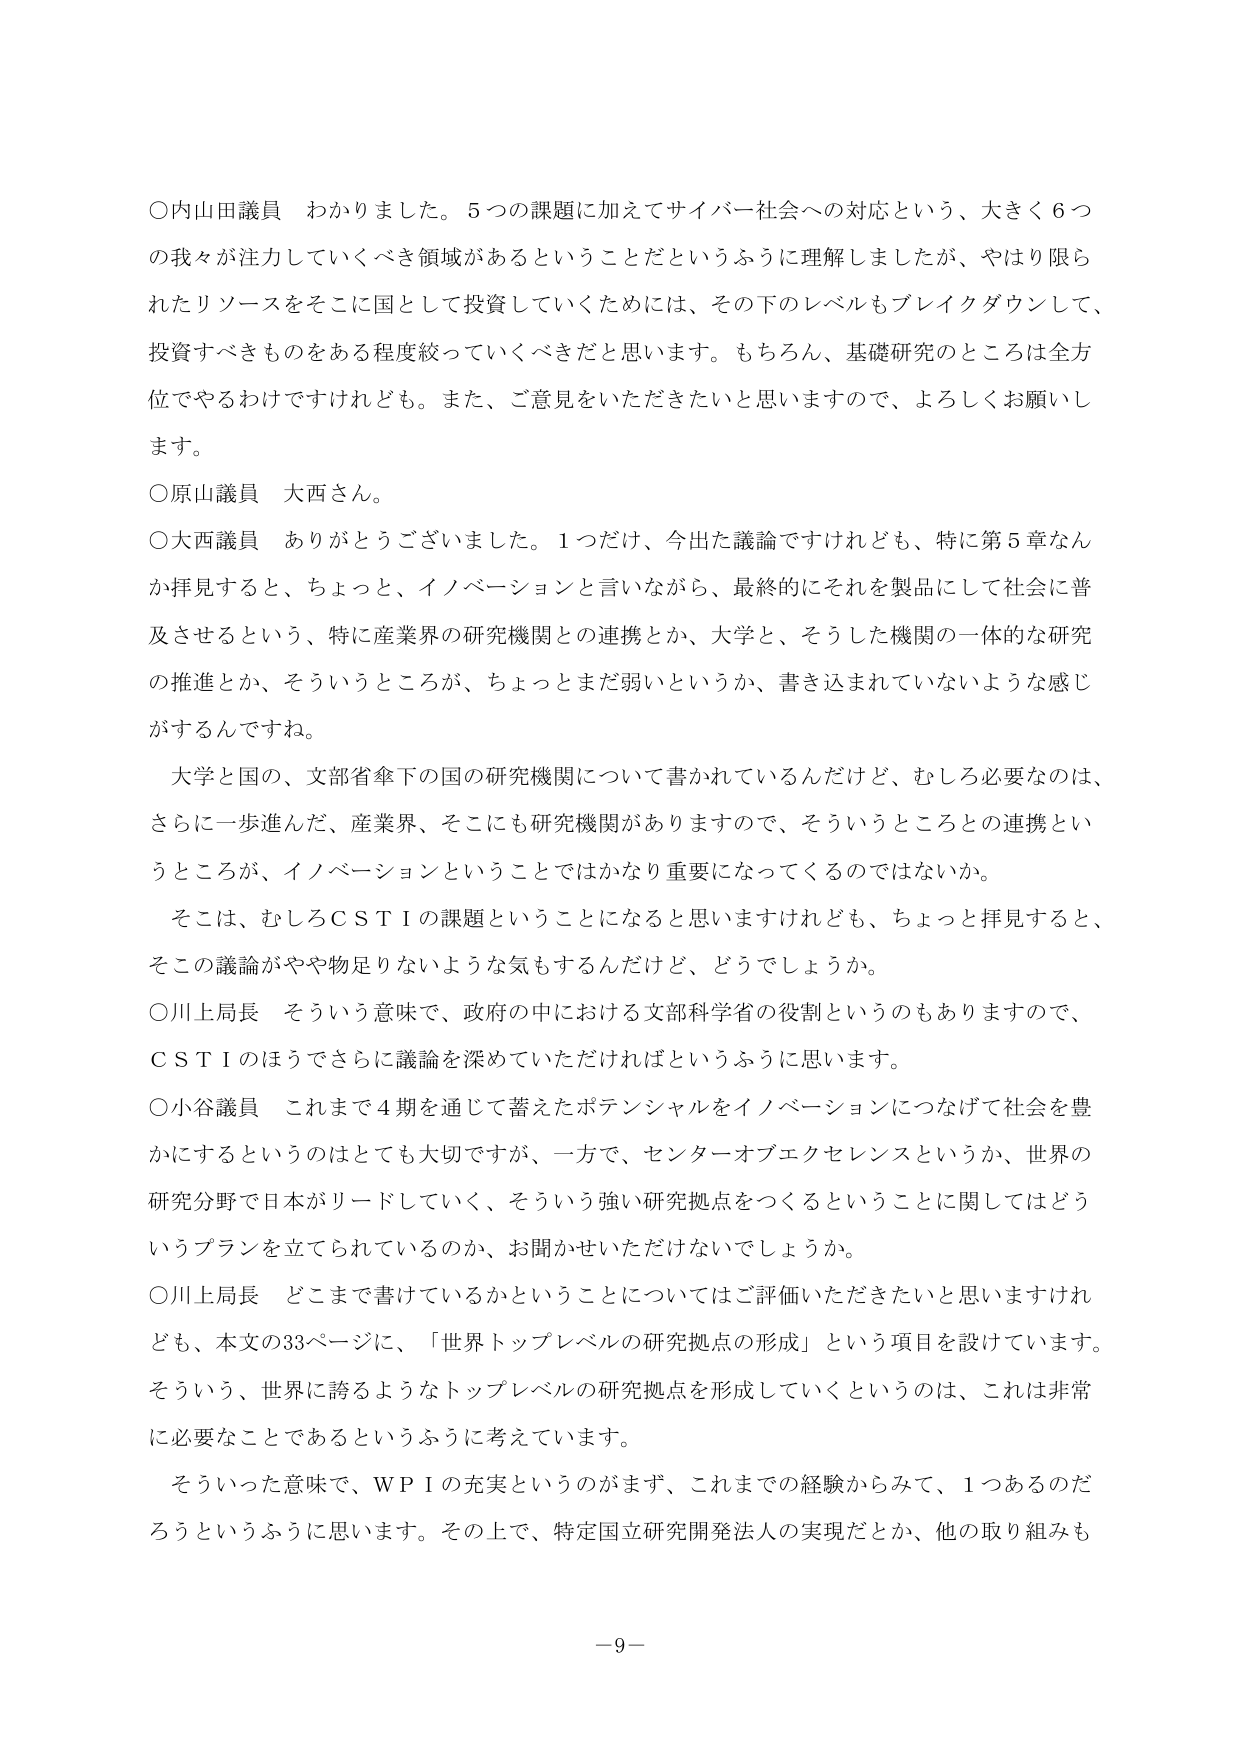
○内山田議員　わかりました。５つの課題に加えてサイバー社会への対応という、大きく６つの我々が注力していくべき領域があるということだというふうに理解しましたが、やはり限られたリソースをそこに国として投資していくためには、その下のレベルもブレイクダウンして、投資すべきものをある程度絞っていくべきだと思います。もちろん、基礎研究のところは全方位でやるわけですけれども。また、ご意見をいただきたいと思いますので、よろしくお願いします。

○原山議員　大西さん。

○大西議員　ありがとうございました。１つだけ、今出た議論ですけれども、特に第５章なんか拝見すると、ちょっと、イノベーションと言いながら、最終的にそれを製品にして社会に普及させるという、特に産業界の研究機関との連携とか、大学と、そうした機関の一体的な研究の推進とか、そういうところが、ちょっとまだ弱いというか、書き込まれていないような感じがするんですね。

　大学と国の、文部省傘下の国の研究機関について書かれているんだけど、むしろ必要なのは、さらに一歩進んだ、産業界、そこにも研究機関がありますので、そういうところとの連携というところが、イノベーションということではかなり重要になってくるのではないかな。

　そこは、むしろＣＳＴＩの課題ということになると思いますけれども、ちょっと拝見すると、そこの議論がやや物足りないような気もするんだけど、どうでしょうか。

○川上局長　そういう意味で、政府の中における文部科学省の役割というのもありますので、ＣＳＴＩのほうでさらに議論を深めていただければというふうに思います。

○小谷議員　これまで４期を通じて蓄えたポテンシャルをイノベーションにつなげて社会を豊かにするというのはとても大切ですが、一方で、センターオブエクセレンスというか、世界の研究分野で日本がリードしていく、そういう強い研究拠点をつくるということに関してはどういうプランを立てられているのか、お聞かせいただけないでしょうか。

○川上局長　どこまで書いているかということについてはご評価いただきたいと思いますけれども、本文の33ページに、「世界トップレベルの研究拠点の形成」という項目を設けています。そういう、世界に誇るようなトップレベルの研究拠点を形成していくというのは、これは非常に必要なことであるというふうに考えています。

　そういった意味で、ＷＰＩの充実というのがまず、これまでの経験からみて、１つあるのだろうというふうに思います。その上で、特定国立研究開発法人の実現だとか、他の取り組みも

－９－